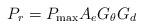
LaTeX: \begin{align*}{P_r} = {P_{\max }}A_{e}{G_\theta }{G_d}\end{align*}